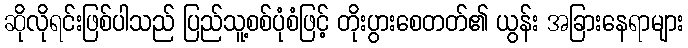
ဆိုလိုရင်းဖြစ်ပါသည် ပြည်သူ့စစ်ပုံစံဖြင့် တိုးပွားစေတတ်၏ ယွန်း အခြားနေရာများ